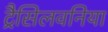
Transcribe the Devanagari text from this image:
ट्रैसिलवनिया